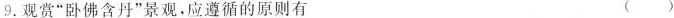
9.观赏“卧佛含丹”景观，应遵循的原则有（）